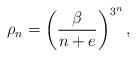
LaTeX: \begin{align*}\rho_n=\left(\frac{\beta}{n+e}\right)^{3^n},\end{align*}